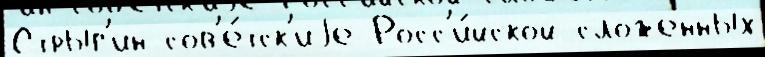
Стрыг'ин сов'е́тск'иjе Росс'и́йской сложенных